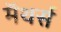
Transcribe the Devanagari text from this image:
मॅथर्स